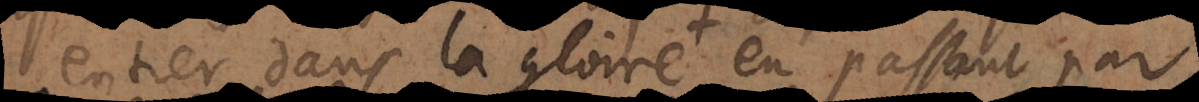
rer dans la gloire, en passant par